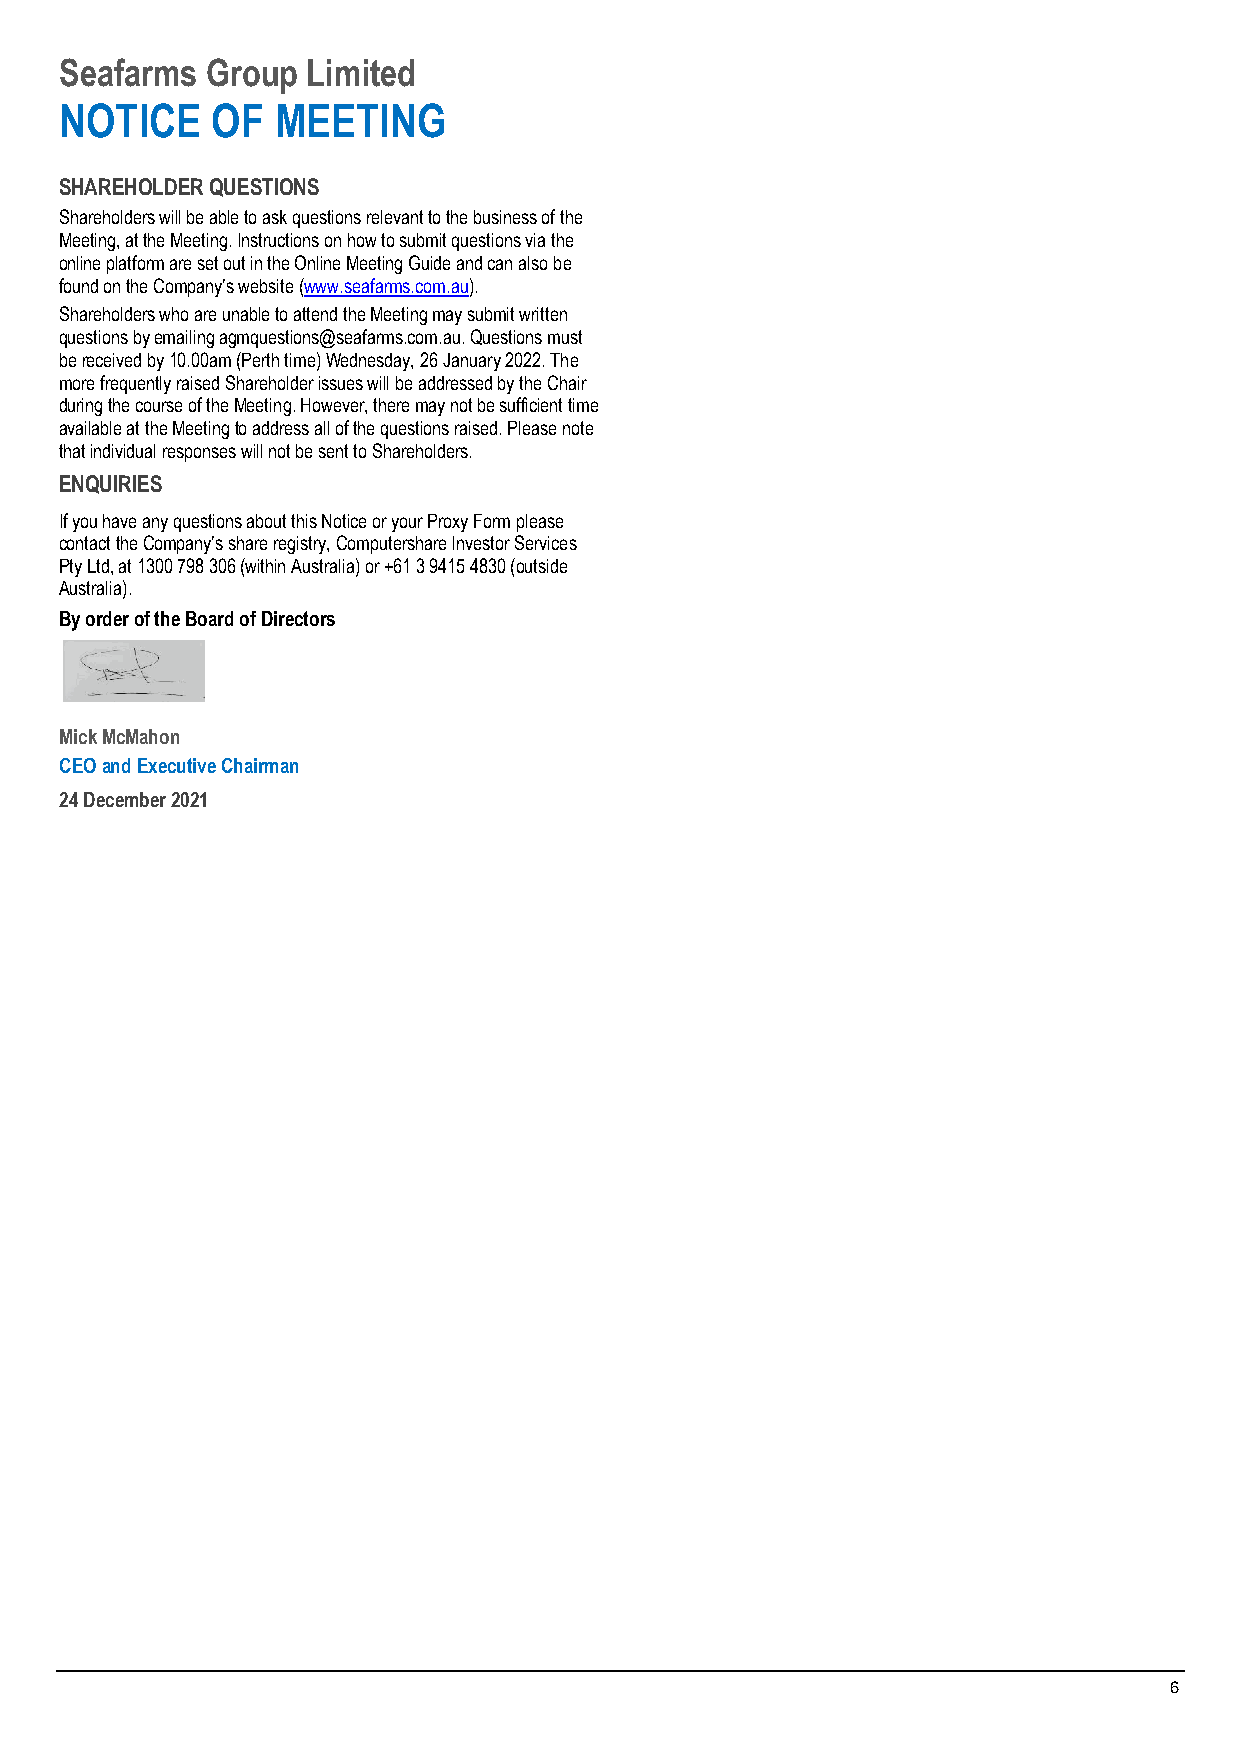
Seafarms  Group Limited
 NOTICE    OF  MEETING
 SHAREHOLDER QUESTIONS
 Shareholders will be able to ask questions relevant to the business of the
 Meeting, at the Meeting. Instructions on how to submit questions via the
 online platform are set out in the Online Meeting Guide and can also be
 found on the Company’s website (www.seafarms.com.au).
 Shareholders who are unable to attend the Meeting may submit written
 questions by emailing agmquestions@seafarms.com.au. Questions must
 be received by 10.00am (Perth time) Wednesday, 26 January 2022. The
 more frequently raised Shareholder issues will be addressed by the Chair
 during the course of the Meeting. However, there may not be sufficient time
 available at the Meeting to address all of the questions raised. Please note
 that individual responses will not be sent to Shareholders.
 ENQUIRIES
 If you have any questions about this Notice or your Proxy Form please
 contact the Company’s share registry, Computershare Investor Services
 Pty Ltd, at 1300 798 306 (within Australia) or +61 3 9415 4830 (outside
 Australia).
 By order of the Board of Directors
 Mick McMahon
 CEO and Executive Chairman
 24 December 2021
 6